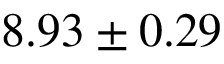
8 . 9 3 \pm 0 . 2 9